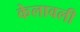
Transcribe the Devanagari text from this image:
केलावली